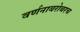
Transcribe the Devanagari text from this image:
वर्णनाबरोबरच